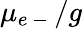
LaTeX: \mu_{e\mathrm{~-~}}/g